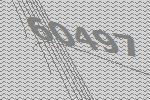
60497